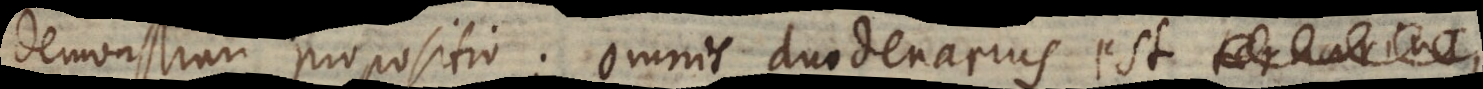
demonstrari propositio: omnis duodenarius est